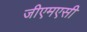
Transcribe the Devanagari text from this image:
जीएमएसी